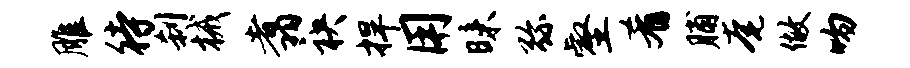
雕待刹械翥袂捍用昧弥壑肴脯奄做吻